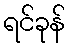
ရင်ခုန်